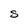
Character: S